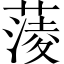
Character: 蔆